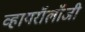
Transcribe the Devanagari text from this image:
व्हायरॉलॉजी